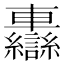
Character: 𨏷